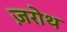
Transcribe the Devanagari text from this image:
ज़रोथ